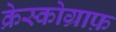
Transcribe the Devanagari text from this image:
क्रेस्कोग्राफ़